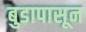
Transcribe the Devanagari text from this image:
बुडापासून